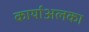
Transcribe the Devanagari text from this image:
कार्याअलका